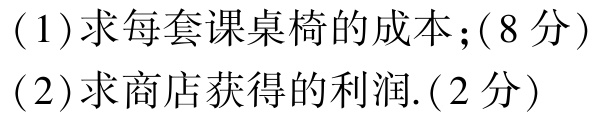
(1)求每套课桌椅的成本;($8$分)

(2)求商店获得的利润.($2$分)